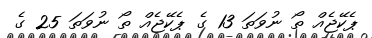
ޕެކޭޖެއް ތޯ ނުވަތަ 13 ގެ ޕެކޭޖެއް ތޯ ނުވަތަ 25 ގެ